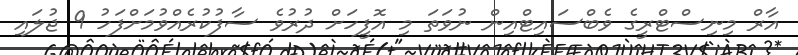
އާރް މިނިސްޓްރީގެ ވެބްސައިޓްއިން ނުވަތަ މި އޮފީހަށް ދުރުވެ ސާފުކުރެއްވުމަށްފަހު 9 ޖުލައި